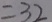
= 3 2